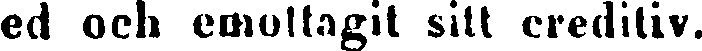
ed och emottagit sitt creditiv.